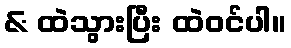
& ထဲသွားပြီး ထဲဝင်ပါ။